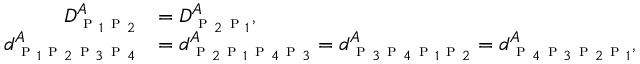
\begin{array} { r l } { D _ { \textsc { p } _ { 1 } \textsc { p } _ { 2 } } ^ { A } } & { = D _ { \textsc { p } _ { 2 } \textsc { p } _ { 1 } } ^ { A } , } \\ { d _ { \textsc { p } _ { 1 } \textsc { p } _ { 2 } \textsc { p } _ { 3 } \textsc { p } _ { 4 } } ^ { A } } & { = d _ { \textsc { p } _ { 2 } \textsc { p } _ { 1 } \textsc { p } _ { 4 } \textsc { p } _ { 3 } } ^ { A } = d _ { \textsc { p } _ { 3 } \textsc { p } _ { 4 } \textsc { p } _ { 1 } \textsc { p } _ { 2 } } ^ { A } = d _ { \textsc { p } _ { 4 } \textsc { p } _ { 3 } \textsc { p } _ { 2 } \textsc { p } _ { 1 } } ^ { A } , } \end{array}